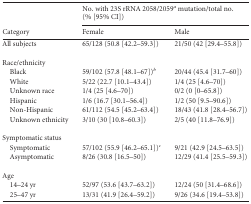
<table><thead><tr><td rowspan="2"><b>Category</b></td><td colspan="2"><b>No. with 23S rRNA 2058/2059<sup><i>a</i></sup> mutation/total no. (% [95% CI])</b></td></tr><tr><td><b>Female</b></td><td><b>Male</b></td></tr></thead><tbody><tr><td>All subjects</td><td>65/128 (50.8 [42.2–59.3])</td><td>21/50 (42 [29.4–55.8])</td></tr><tr><td>Race/ethnicity</td><td></td><td></td></tr><tr><td>Black</td><td>59/102 (57.8 [48.1–67])<sup><i>b</i></sup></td><td>20/44 (45.4 [31.7–60])</td></tr><tr><td>White</td><td>5/22 (22.7 [10.1–43.4])</td><td>1/4 (25 [4.6–70])</td></tr><tr><td>Unknown race</td><td>1/4 (25 [4.6–70])</td><td>0/2 (0 [0–65.8])</td></tr><tr><td>Hispanic</td><td>1/6 (16.7 [30.1–56.4])</td><td>1/2 (50 [9.5–90.6])</td></tr><tr><td>Non-Hispanic</td><td>61/112 (54.5 [45.2–63.4])</td><td>18/43 (41.8 [28.4–56.7])</td></tr><tr><td>Unknown ethnicity</td><td>3/10 (30 [10.8–60.3])</td><td>2/5 (40 [11.8–76.9])</td></tr><tr><td>Symptomatic status</td><td></td><td></td></tr><tr><td>Symptomatic</td><td>57/102 (55.9 [46.2–65.1])<sup><i>c</i></sup></td><td>9/21 (42.9 [24.5–63.5])</td></tr><tr><td>Asymptomatic</td><td>8/26 (30.8 [16.5–50])</td><td>12/29 (41.4 [25.5–59.3])</td></tr><tr><td>Age</td><td></td><td></td></tr><tr><td>14–24 yr</td><td>52/97 (53.6 [43.7–63.2])</td><td>12/24 (50 [31.4–68.6])</td></tr><tr><td>25–47 yr</td><td>13/31 (41.9 [26.4–59.2])</td><td>9/26 (34.6 [19.4–53.8])</td></tr></tbody></table>